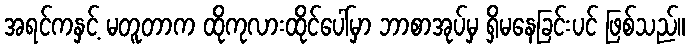
အရင်ကနှင့် မတူတာက ထိုကုလားထိုင်ပေါ်မှာ ဘာစာအုပ်မှ ရှိမနေခြင်းပင် ဖြစ်သည်။